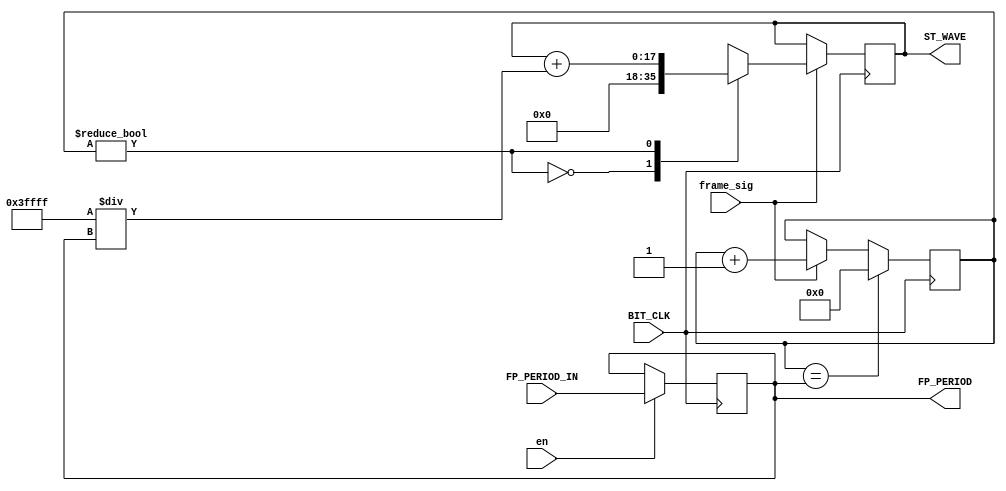
`timescale 1ns / 1ps
//////////////////////////////////////////////////////////////////////////////////
// Company: 
// Engineer: 
// 
// Design Name: 
// Module Name:    Sawtooth_wave  
// Description: 
//
//////////////////////////////////////////////////////////////////////////////////

module Sawtooth_wave(
	input BIT_CLK,
	input [6:0] FP_PERIOD_IN,
	input frame_sig,
	input en,
	output reg [17:0] ST_WAVE,
	output reg [6:0] FP_PERIOD = 7'd48
    );

	reg [6:0] FRAME_COUNT = 7'b0;
	
	always @(posedge BIT_CLK) begin
		if (FRAME_COUNT == FP_PERIOD)
			FRAME_COUNT <= 7'b0;
		else if (frame_sig)
			FRAME_COUNT <= FRAME_COUNT + 1'b1;
		
		if (en)
			FP_PERIOD <= FP_PERIOD_IN;
			
		if (frame_sig)
			case (FRAME_COUNT != 7'd0)
				1'b0: ST_WAVE <= 18'b00_0000_0000_0000_0000;
				1'b1: ST_WAVE <= ST_WAVE + (18'b11_1111_1111_1111_1111 / FP_PERIOD);
			endcase
	end
endmodule